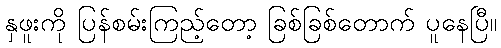
နှဖူးကို ပြန်စမ်းကြည့်တော့ ခြစ်ခြစ်တောက် ပူနေပြီ။